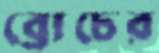
ব্রোচের